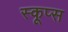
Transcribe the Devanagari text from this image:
स्कूप्स